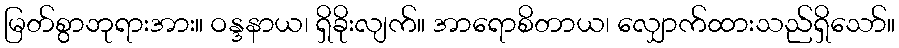
မြတ်စွာဘုရားအား။ ဝန္ဒနာယ၊ ရှိခိုးလျက်။ အာရောစိတာယ၊ လျှောက်ထားသည်ရှိသော်။